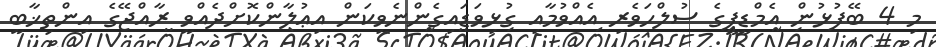
މި 4 ބޭފުޅުން އެމްޑީޕީގެ ސުލްހަވެރި އެއްވުމާއި ގުޅިވަޑައިގެންނެވިކަން އިޢުލާންކޮށްދެއްވީ ރާއްޖޭގެ އިންތިޚާބީ